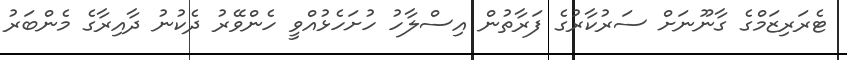
ޓެރަރިޒަމްގެ ގާނޫނަށް ސަރުކާރުގެ ފަރާތުން އިސްލާހު ހުށަހެޅުއްވީ ހެންވޭރު ދެކުނު ދާއިރާގެ މެންބަރު